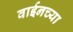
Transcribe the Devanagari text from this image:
वाईनच्या